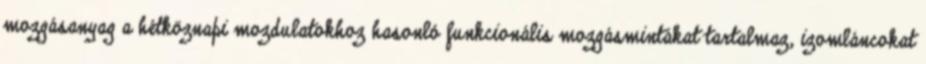
mozgásanyag a hétköznapi mozdulatokhoz hasonló funkcionális mozgásmintákat tartalmaz, izomláncokat